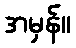
အမှန်။